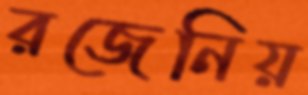
রজেনিয়